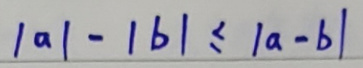
$\vert a\vert - \vert b\vert \leq \vert a - b\vert$